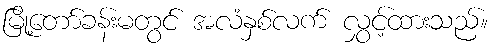
မြို့တော်ခန်းမတွင် အလံနှစ်လက် လွှင့်ထားသည်။